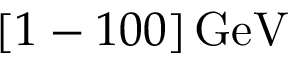
[ 1 - 1 0 0 ] \, \mathrm { G e V }